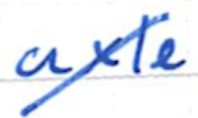
Text: axle
Cross-out: diagonal
Writing tool: ballpoint